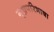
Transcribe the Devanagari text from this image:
गृह्यपरिभाषा